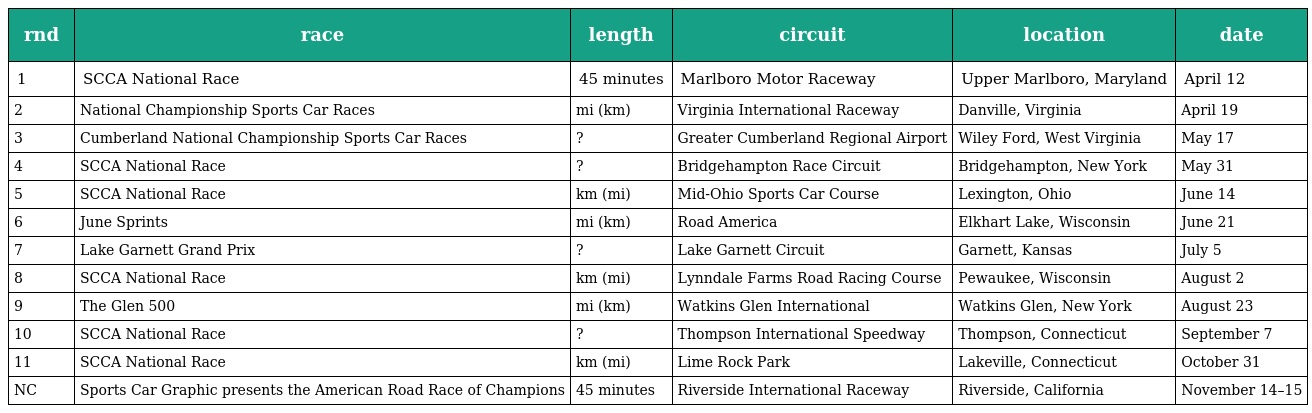
| rnd | race | length | circuit | location | date |
 | --- | --- | --- | --- | --- | --- |
 | 1 | SCCA National Race | 45 minutes | Marlboro Motor Raceway | Upper Marlboro, Maryland | April 12 |
 | 2 | National Championship Sports Car Races | mi (km) | Virginia International Raceway | Danville, Virginia | April 19 |
 | 3 | Cumberland National Championship Sports Car Races | ? | Greater Cumberland Regional Airport | Wiley Ford, West Virginia | May 17 |
 | 4 | SCCA National Race | ? | Bridgehampton Race Circuit | Bridgehampton, New York | May 31 |
 | 5 | SCCA National Race | km (mi) | Mid-Ohio Sports Car Course | Lexington, Ohio | June 14 |
 | 6 | June Sprints | mi (km) | Road America | Elkhart Lake, Wisconsin | June 21 |
 | 7 | Lake Garnett Grand Prix | ? | Lake Garnett Circuit | Garnett, Kansas | July 5 |
 | 8 | SCCA National Race | km (mi) | Lynndale Farms Road Racing Course | Pewaukee, Wisconsin | August 2 |
 | 9 | The Glen 500 | mi (km) | Watkins Glen International | Watkins Glen, New York | August 23 |
 | 10 | SCCA National Race | ? | Thompson International Speedway | Thompson, Connecticut | September 7 |
 | 11 | SCCA National Race | km (mi) | Lime Rock Park | Lakeville, Connecticut | October 31 |
 | NC | Sports Car Graphic presents the American Road Race of Champions | 45 minutes | Riverside International Raceway | Riverside, California | November 14–15 |